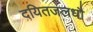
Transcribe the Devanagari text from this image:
दयितजलधौ